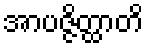
အာပဇ္ဇိတ္ထာတိ